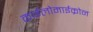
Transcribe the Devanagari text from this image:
काईलोमाईक्रोन